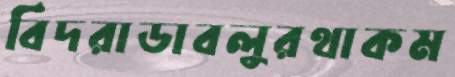
বিদরাডাবলুরথাকম